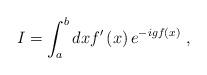
LaTeX: \begin{align*}I=\int^b_adxf^\prime\left( x\right) e^{-igf\left( x\right)}\ ,\end{align*}